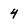
Character: 4